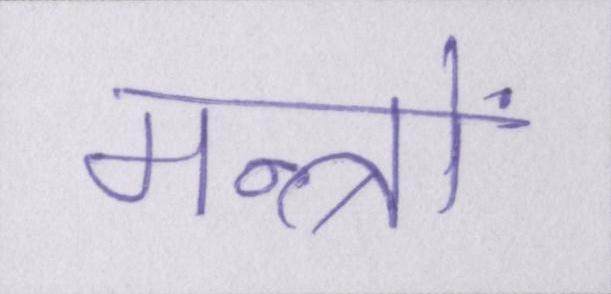
मन्त्रों